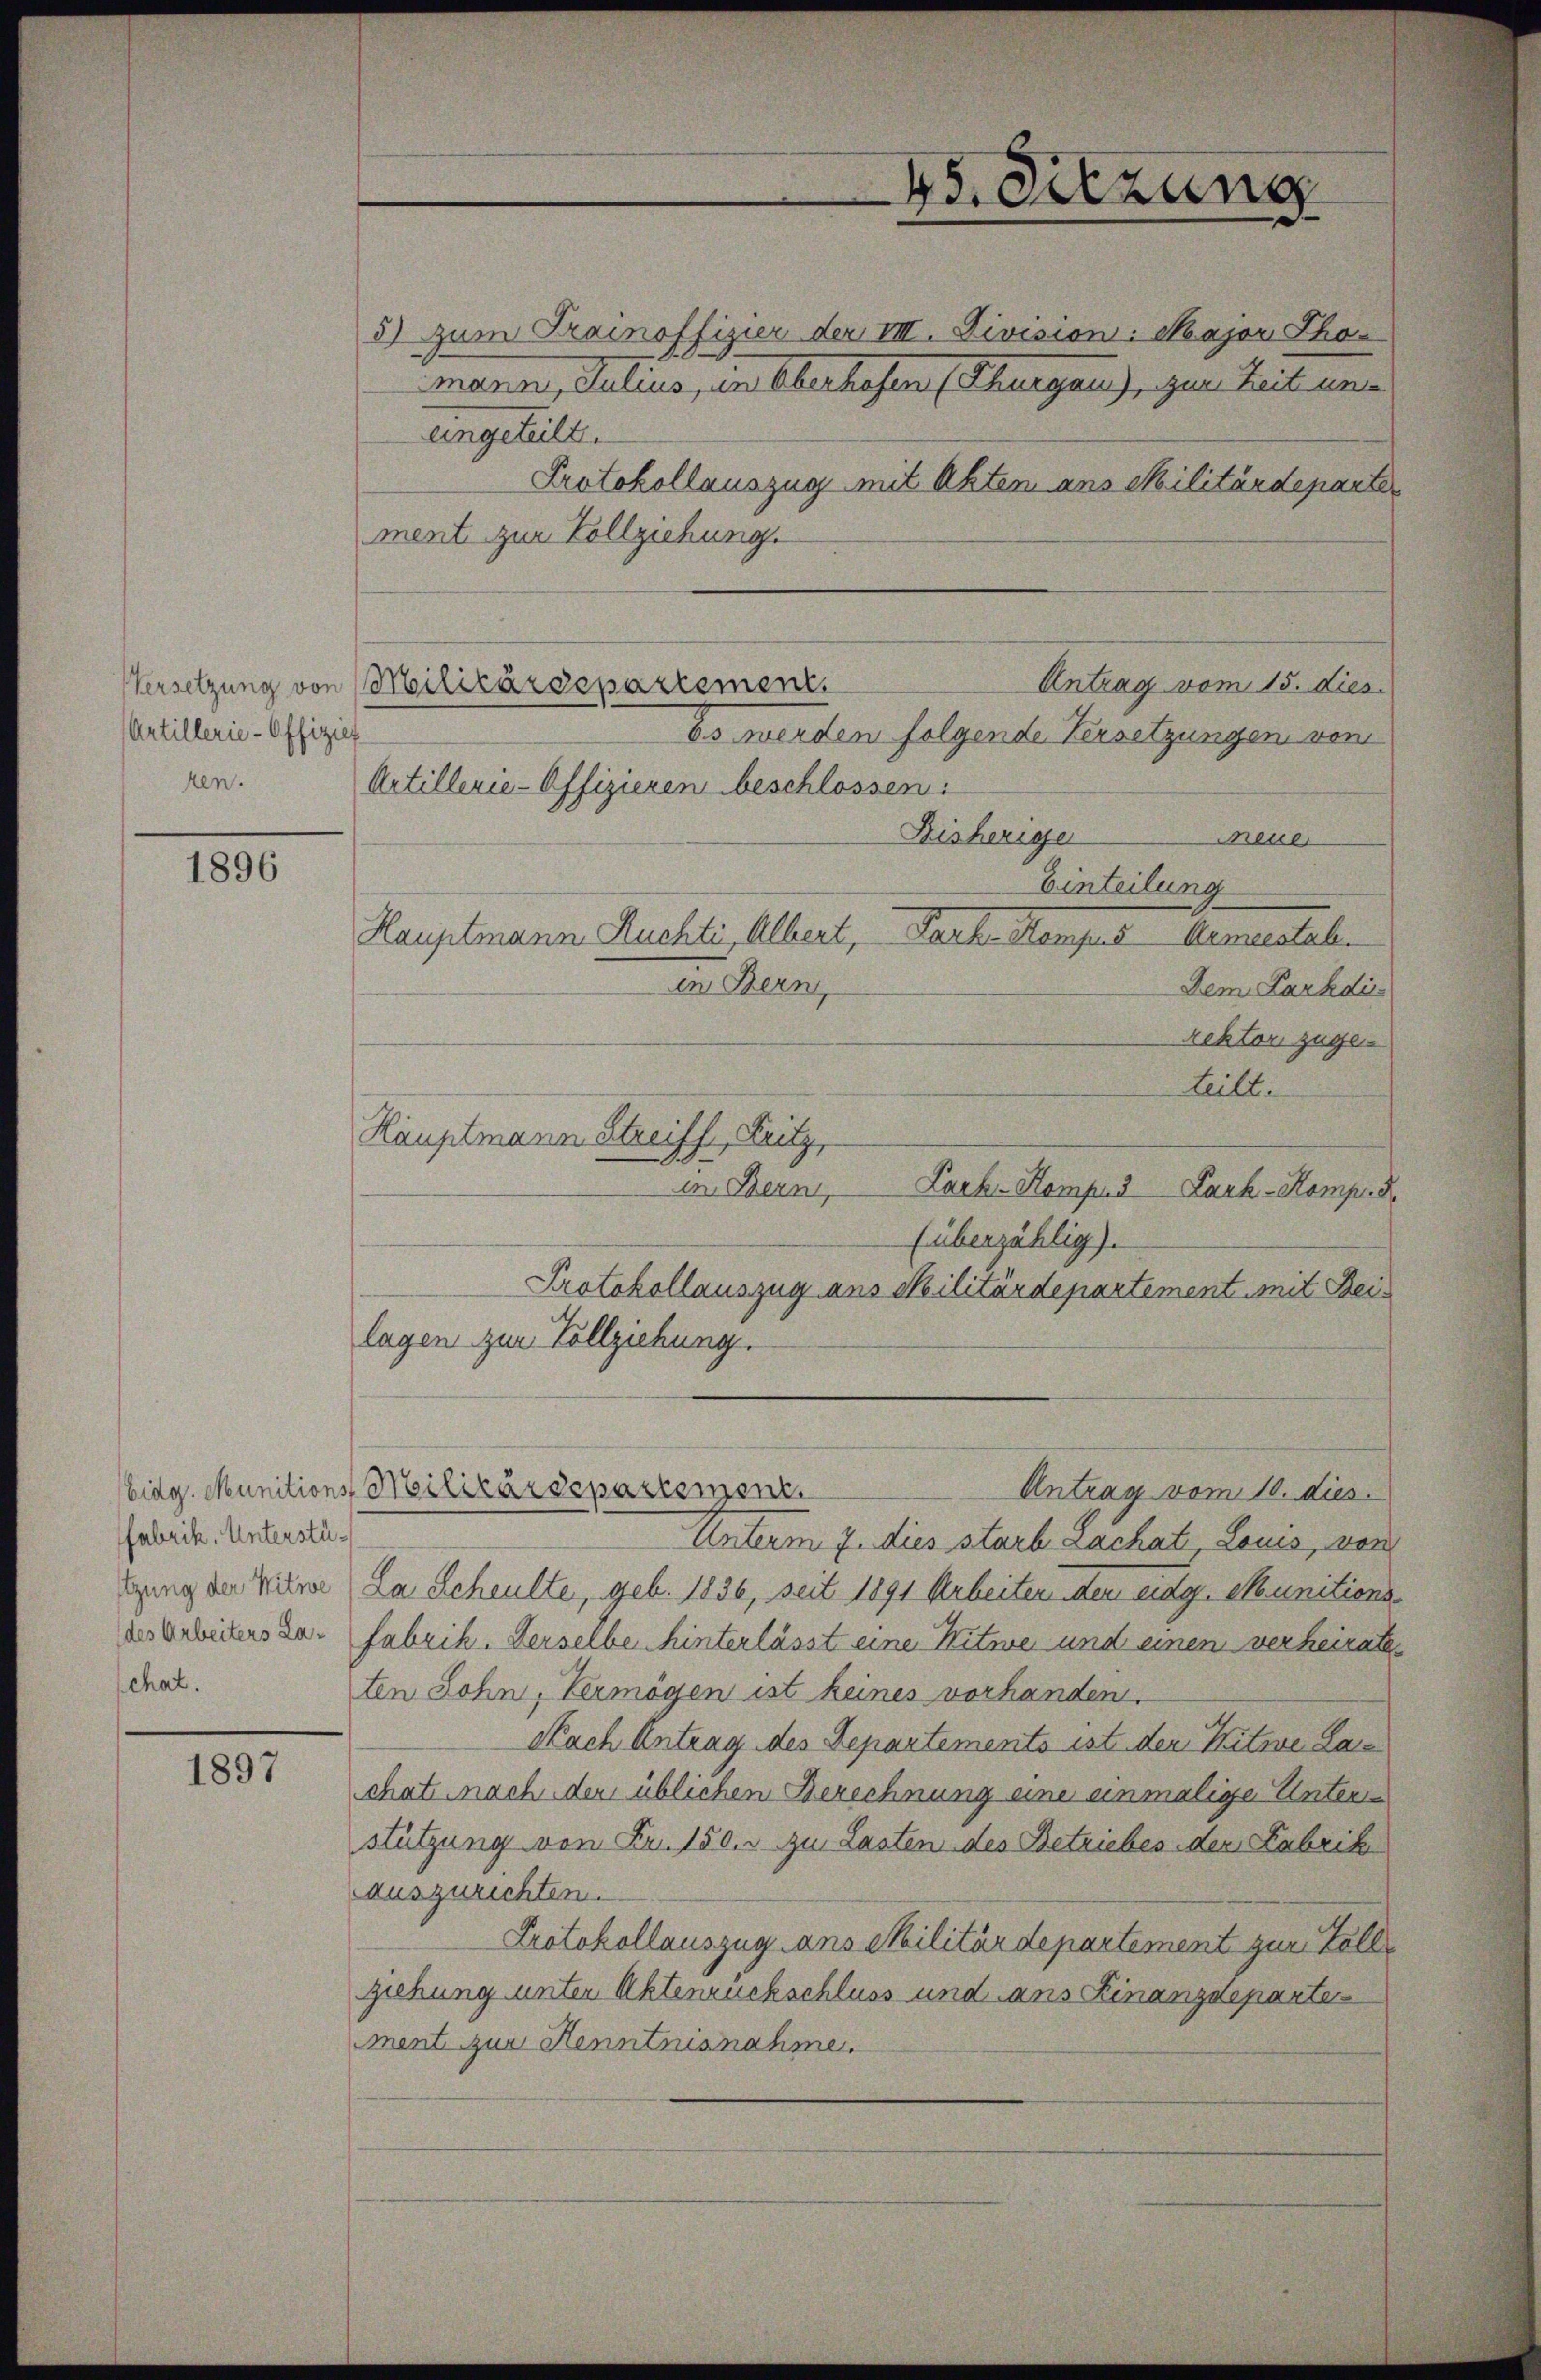
Versetzung von
Artillerie-Offizi
ken.

1896

fabrik. Unterstützung der Witwe
des Arbeiters Lachat.

1897

en Bern,

Hauptmann Streiff, Fritz,

5) zum Trainoffizier der VIII. Division: Major Thomann, Julius, in Oberhofen (Thurgau), zum Zeit un
eingeteilt.
Protokollauszug mit Akten aus Militärdeparten
ment zur Vollziehung.
Militärdepartement
bs werden folgende Versetzungen von
Artillerie-Offizieren beschlossen:
Bisheriger
meue
Einteilung
Hauptmann Ruchte Albert, Park. Kampis Arrestel
Dem Parkdiis
Rektori zuge
teilt.
in Bern, Lack. Komp. 3 Lack-Kompud
(überzählig).
Protokollauszug aus Militärdepartement mit Beilagen zur Vollziehung.
Eidg. Munitions Militärdepartement.
Antrag vom 10. dies
Unterm 7. dies starb Lachat, Louis, von
Da Scheulte, geb. 1836, seit 1891 Arbeiten dem eidg. Munitions
Fabrik. Derselbe hinterlässt eine Witwe und einen verheirate
ten Sohn, Vermögen ist keines vorhanden.
Nach Antrag des Departements ist der Kitwe La
chat nach der üblichen Berechnung eine einmalige Untern
stützung von Fr. 150. zu Lasten des Betriebes den Fabrik
auszurichten.
Protokollauszug ans Militärdepartement zur Zollziehung unter Aktenruckschluss und ans Finanzdeparten
ment zur Kenntnisnahme.

Antrag vom 15. dies

45. Setzung